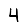
Digit: 4